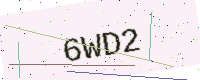
Text: 6WD2